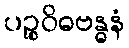
ပဉ္စဝိဓဗန္ဓနံ